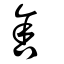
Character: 舎